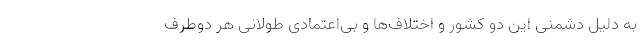
به دلیل دشمنی این دو کشور و اختلاف‌ها و بی‌اعتمادی طولانی هر دوطرف